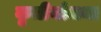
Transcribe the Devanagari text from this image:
कृतीयोजना